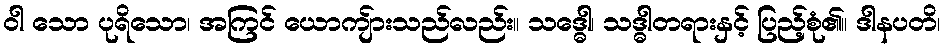
ဝါ သော ပုရိသော၊ အကြင် ယောကျ်ားသည်လည်း။ သဒ္ဓေါ၊ သဒ္ဓါတရားနှင့် ပြည့်စုံ၏။ ဒါနပတိ၊